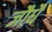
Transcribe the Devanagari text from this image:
जौधै